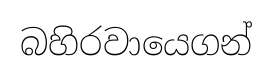
බහිරවායෙගන්